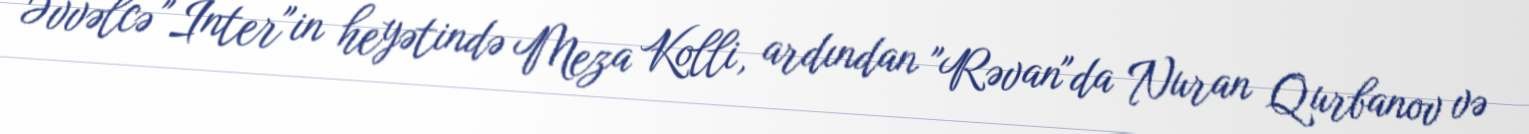
Əvvəlcə "İnter"in heyətində Meza Kolli, ardından "Rəvan"da Nuran Qurbanov və